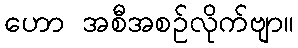
ဟော အစီအစဉ်လိုက်ဗျာ။